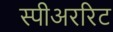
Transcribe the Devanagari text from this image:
स्पीअररिट